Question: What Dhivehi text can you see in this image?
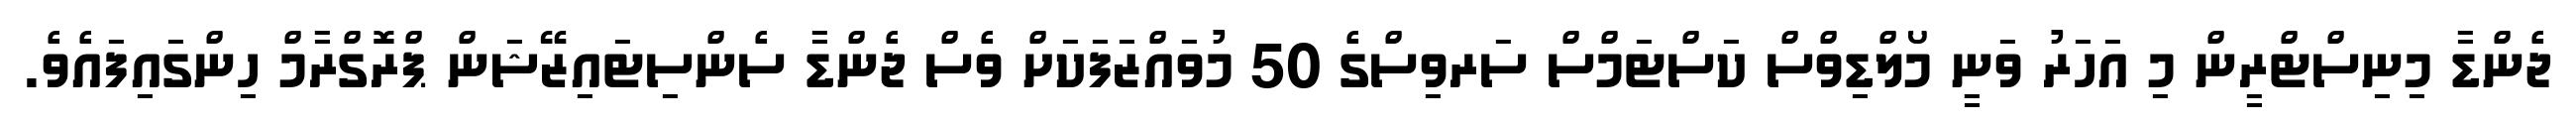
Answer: ޖެންޑާ މިނިސްޓްރީން މި އަހަރު ވަނީ މޯލްޑިވްސް ކަސްޓަމްސް ސަރވިސްގެ 50 މުވައްޒަފަކަށް ވެސް ޖެންޑާ ސެންސިޓައިޒޭޝަން ޕްރޮގްރާމް ހިންގައިފައެވެ.